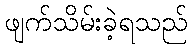
ဖျက်သိမ်းခဲ့ရသည်